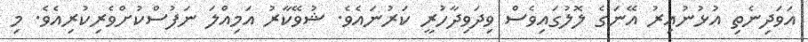
އަވަދިނެތި އުޅުނުއިރު އޭނަގެ ލޮލުގައިވެސް ވިދަވިދާހުރީ ކަރުނައެވެ. ޝުވޭކާރު އަމިއްލަ ނަފުސްކުށްވެރިކުރިއެވެ. މި